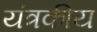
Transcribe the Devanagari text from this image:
यंत्रकीय